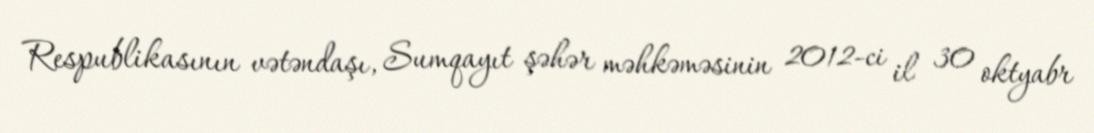
Respublikasının vətəndaşı, Sumqayıt şəhər məhkəməsinin 2012-ci il 30 oktyabr